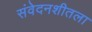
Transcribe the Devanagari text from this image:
संवेदनशीतला